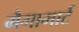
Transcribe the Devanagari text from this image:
मैगामार्ट